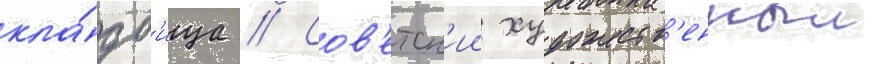
кла́дб'ища // Сов'етск'ии художеств'енныи